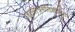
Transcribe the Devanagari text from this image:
जठरांत्रगतिशीलता